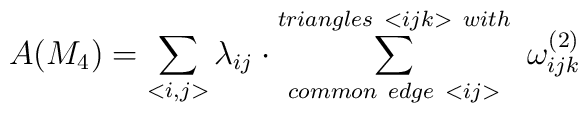
A(M_{4}) =\sum_{<i,j>}\lambda_{ij}\cdot \sum^{triangles~<ijk>~with}_{common~edge~<ij>}~\omega^{(2)}_{ijk}